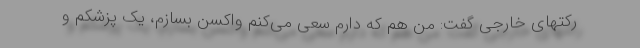
رکتهای خارجی گفت: من هم که دارم سعی می‌کنم واکسن بسازم، یک پزشکم و